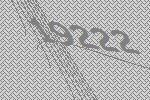
19222